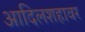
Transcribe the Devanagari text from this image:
आदिलशहावर